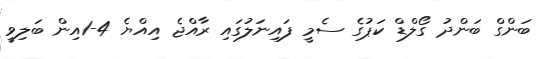
ބަންގް ބަންދު ގޯލްޑް ކަޕުގެ ސެމީ ފައިނަލުގައި ރާއްޖެ އިއްޔެ 4-1އިން ބަލިވީ